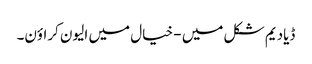
ڈیادیم شکل میں - خیال میں الیون کراؤن۔